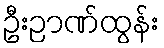
ဦးဉာဏ်ထွန်း